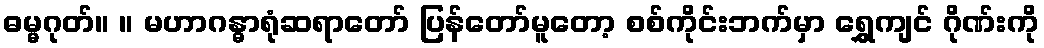
ဓမ္မဂုတ်။ ။ မဟာဂန္ဓာရုံဆရာတော် ပြန်တော်မူတော့ စစ်ကိုင်းဘက်မှာ ရွှေကျင် ဂိုဏ်းကို